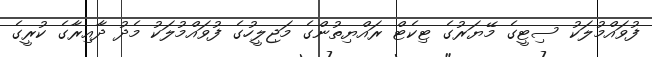
ފުވައްމުލަކު ސިޓީގެ މޭޔަރުގެ ޓިކެޓް ރައްޔިތުންގެ މަޖިލީހުގެ ފުވައްމުލަކު މެދު ދާއިރާގެ ކުރީގެ